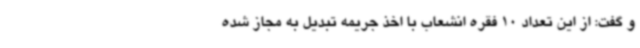
و گفت: از این تعداد 10 فقره انشعاب با اخذ جریمه تبدیل به مجاز شده